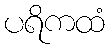
ပရိကထံ